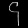
Digit: ၄